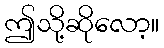
ဤသို့ဆိုလော့။